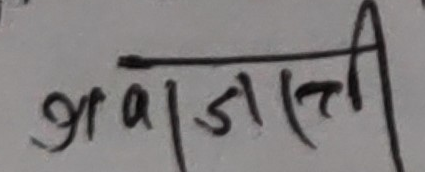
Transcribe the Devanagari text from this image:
श्राज्ञाती